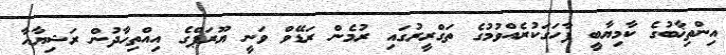
އިންތިޚާބުގެ ކާމިޔާބީ ފާހަގަކުރެއްވުމުގެ ތަގްރީރުގައި ރުމެން ރަޑޭވް ވަނީ ޔޫރަޕްގެ އިއްތިހާދުން ރަޝިޔާއާ